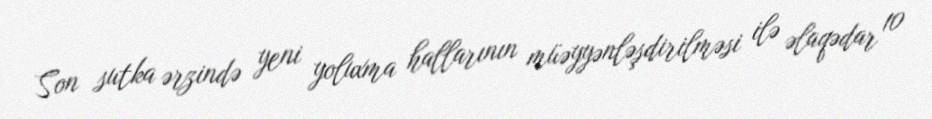
Son sutka ərzində yeni yoluxma hallarının müəyyənləşdirilməsi ilə əlaqədar 10